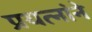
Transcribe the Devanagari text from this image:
प्रयत्नांने